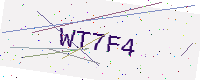
Text: WT7F4